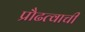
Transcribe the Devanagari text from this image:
प्रौढत्वाची